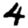
Digit: 4